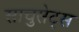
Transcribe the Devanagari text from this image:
साचुसेट्स